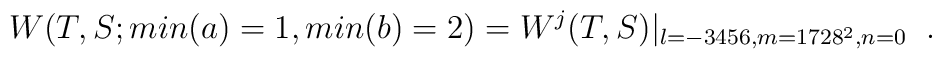
W(T,S;min(a)=1, min(b)=2)  =W^j(T,S)|_{l=-3456, m=1728^2, n=0}\;\;.